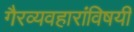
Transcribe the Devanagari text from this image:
गैरव्यवहारांविषयी